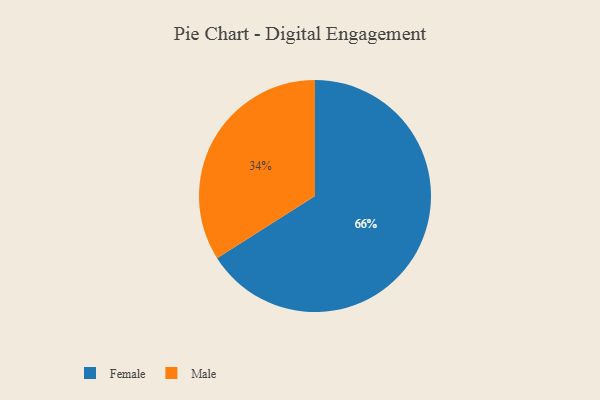
{"axis": {"x": "Category", "y": "Percentage"}, "legend": ["Female", "Male"], "data": [{"x": "Female", "y": 66, "type": "Female"}, {"x": "Male", "y": 34, "type": "Male"}]}